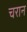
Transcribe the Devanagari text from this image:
चरान